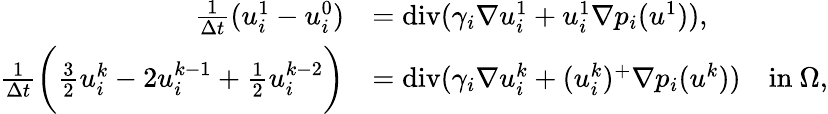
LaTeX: \begin{array}{rl}{\frac{1}{\Delta t}(u_{i}^{1}-u_{i}^{0})}&{=\operatorname{div}(\gamma_{i}\nabla u_{i}^{1}+u_{i}^{1}\nabla p_{i}(u^{1})),}\\ {\frac{1}{\Delta t}\bigg(\frac 32u_{i}^{k}-2u_{i}^{k-1}+\frac 12u_{i}^{k-2}\bigg)}&{=\operatorname{div}(\gamma_{i}\nabla u_{i}^{k}+(u_{i}^{k})^{+}\nabla p_{i}(u^{k}))\quad\mathrm{in~}\Omega,}\end{array}